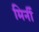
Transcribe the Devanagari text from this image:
मिर्नी